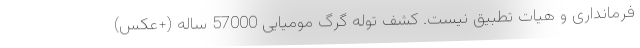
فرمانداری و هیات تطبیق نیست. کشف توله گرگ مومیایی 57000 ساله (+عکس)